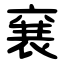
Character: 㐮